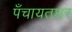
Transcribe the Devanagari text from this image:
पँचायतघर